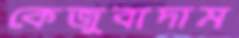
কেজুবাদাম